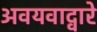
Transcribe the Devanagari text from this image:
अवयवाद्वारे